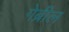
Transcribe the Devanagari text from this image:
गेब्रील